Vital statistics of India. Vol. VI, European troops 1870-79
Year: 1870
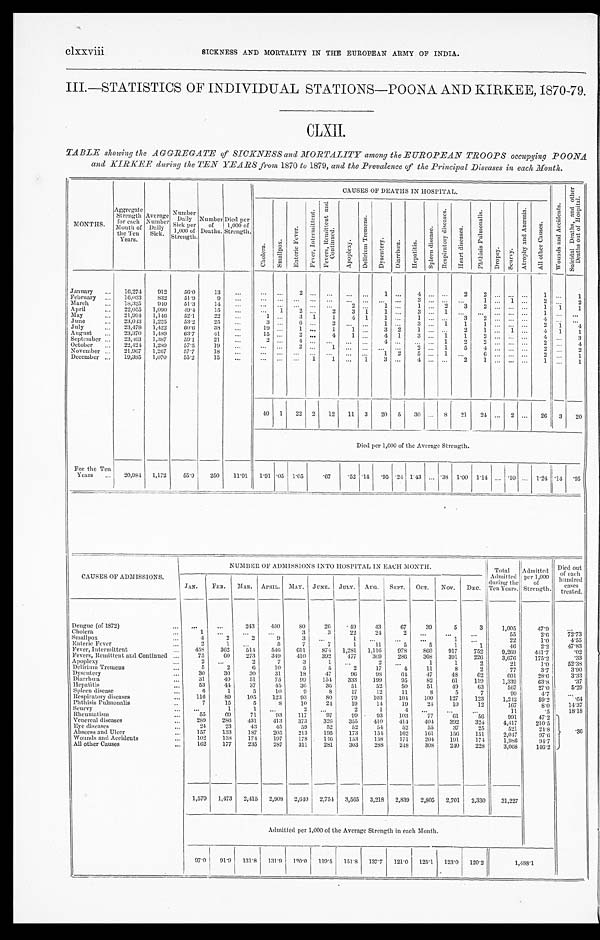
clxxviii
SICKNESS AND MORTALITY IN THE EUROPEAN ARMY OF INDIA.
III.—STATISTICS OF INDIVIDUAL STATIONS—POONA AND KIRKEE, 1870-79.
CLXII.
TABLE showing the AGGREGATE of SICKNESS and MORTALITY among the EUROPEAN TROOPS occupying POONA
and KIRKEE during the TEN YEARS from 1870 to 1879, and the Prevalence of the Principal Diseases in each Month.
MONTHS.
Aggregate Strength for each M o n t h o f
the Ten
Years.
Average
N u m b e r
Daily
Sick.
Number Daily S i c k p e r
1,000 of
Strength.
Number of
Deaths.
Died per
1,000 of
Strength.
CAUSES OF DEATHS IN HOSPITAL.
W o u n d s a n d A c c i d e n t s .
S u i c i d a l D e a t h s , a n d o t h e r
D e a t h s o u t o f H o s p i t a l .
C h o l e r a .
S m a l l p o x .
E n t e r i c F e v e r .
F e v e r , I n t e r m i t t e n t .
F e v e r , R e m i t t e n t a n d
C o n t i n u e d .
A p o p l e x y .
D e l i r i u m T r e m e n s .
D y s e n t e r y . D i a r r h œ a . H e p a t i t i s .
S p l e e n d i s e a s e s .
R e s p i r a t o r y d i s e a s e s .
H e a r t d i s e a s e s .
P h t h i s i s P u l m o n a l i s .
D r o p s y . S c u r v y .
A t r o p h y a n d A n æ m i a .
A l l o t h e r C a u s e s .
January
16,274 912 56.0 13
2
1
4
2
2
1
1
February
16,033 832 51.9
9
3
1
1
2
2
March
18,325 910 51.3
14
2
1
1
2 3
2
1 1 1
April
22,055 1,090 49.4 15
1 2
2 3 1 1
3
1
1
May
21,994 1,146 52.1
22
1
3 1 1 4 1 1
1
3 2
4
June
23,043 1,225 53.2
25
3
6
2
1
3
1 1 1
2 1 4
July
23,478 1,422
6 0 . 6 38
19
1
1 1
3 2 1
2 1
1
4 1 1
August
23,370 1,489 63.7
41
15
2
4 1
4 1 3
1 1
2
4
3
September 23,463 1,387 59.1
21
2
4
4
1 2 2
2
4
October
22,424 1,289 57.5
19
2
1
2
1 5
4
2
2
November
21,967 1,267 57.7
18
1 2
5
1
6
2
1
December
19,385 1,070 55.2 15
1 1
1 3
4
2 1
1
1
40 1 22 2 12 11 3 20 5 30
8 21 24
2
26 3 20
Died per 1,000 of the Average Strength.
For the Ten
Years
20,984 1,172 55.9 250 11.91
1 . 9 1
.05 1. 05 .67 .52 .14 .95 .24 1.43
. 3 8 1.00 1.14
.10
1.24
. 14
. 9 5
NUMBER OF ADMISSIONS INTO HOSPITAL IN EACH MONTH.
Total
Admitted
during the
Ten Years.
Admitted per 1,000
of
Strength.
Died out
of each
hundred cases
treated.
CAUSES OF ADMISSIONS.
JAN. FEB. MAR. APRIL. MAY. JUNE. JULY. AUG. SEPT. OCT. NOV. DEC.
Dengue (of 1872)
243 450
8 0
26
49
43
67
39
5
3
1,005
47.9
Cholera
1
3
3
22
24
2
55
2.6
7 2 . 7 3
Smallpox
4
2
2
9
3
1
1
22
1.0
4. 55
Enteric Fever
2
1
5
7
7
1
11
5
5
1
1
46
2.2
47. 83
Fever, Intermittent
458 362 514 546 611 874 1,281 1,116 978 860 917 752
9,269 441.7
.02
Fevers, Remittent and Continued
75
60 273 349 410 392 477 369 286 368 391 226
3,676
175.2
. 3 3
Apoplexy
2
2
7
3
1
2
1
1
2
21
1.0
5 2 . 3 8
Delirium Tremens
5
2
6
1 0
5
5
2
1 7 4
1 1
8
2
7 7
3 . 7
3 . 9 0
Dysentery
30 30
30
31
18
47
96
98
64 47
48
62
601
28.6
3. 33
Diarrhœa
3 1 40
51
75
99 154 333 199 95
82
61 119
1,339
63.8
.37
Hepatitis
53
44 37
45
36
36 51
52
50
51
49
63
567
27.0
5. 29
Spleen disease
6
1
5
10
9
8
17
12
11
8
5
7
99
4 . 7
Respiratory diseases
116
89 105 123
93
80
70 103 104 100 127 123
1,242
59.2
. 6 4
Phthisis Pulmonalis
7
15
5
8
10
24 19
14
19
24
10
12
167
8.0
14. 37
Scurvy
1
1
2
2
1
4
11
.5
18. 18
Rheumatism
55
69
71
93 117
97
99
93 103
77
6 1 56
991
47.
.36
Venereal diseases
289 280 431 413 373 326 355 410 414 404 392 324
4,417
210.5
Eye diseases
24
23
43
45
59
52
59
54 52
55
37
25
521
21.8
Abscess and Ulcer
157 133 187 205 213 195 173 154 162 161 156 151
2,047
97.6
Wounds and Accidents 102 138 174 197 178 146 153 158 171 204
1 9 1
1 7 4 1,986
94. 7
All other Causes
162 177 235 287 311 281 303 288
2 4 8
3 0 8
2 4 0
2 2 8
3,068
146.2
1,579 1,473 2,415 2,908 2,640 2,754 3,565 3,218 2,839 2,805 2,701 2,330 31,227
Admitted per 1,000 of the Average Strength in each Month.
97.0 91.9 131.8 131.9
1 2 0 . 0 119.5 151.8 137.7 121.0 125.1 123.0 120.2
1 , 4 8 8 . 1